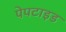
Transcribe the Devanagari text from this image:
पेपटाइड